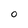
Character: O